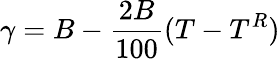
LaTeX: \gamma=B-{\frac{2B}{100}}(T-T^{R})